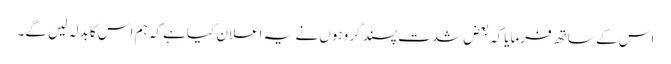
اس کے ساتھ فرمایا کہ بعض شدت پسند گروہوں نے یہ اعلان کیا ہے کہ ہم اس کا بدلہ لیں گے۔